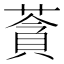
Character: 𦹳